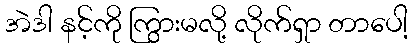
အဲဒါ နင့်ကို ကြွားမလို့ လိုက်ရှာ တာပေါ့